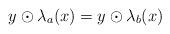
LaTeX: \begin{align*}y \odot \lambda_a(x)=y\odot \lambda_b(x)\end{align*}